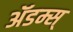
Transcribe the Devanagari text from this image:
ॲडम्स्